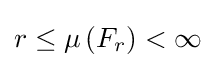
r\leq \mu \left(F_{r}\right)<\infty